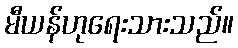
မီယန်ဟုရေးသားသည်။